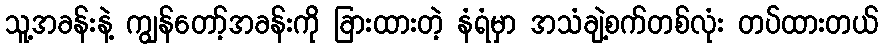
သူ့အခန်းနဲ့ ကျွန်တော့်အခန်းကို ခြားထားတဲ့ နံရံမှာ အသံချဲ့စက်တစ်လုံး တပ်ထားတယ်